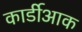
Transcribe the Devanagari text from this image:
कार्डीआक